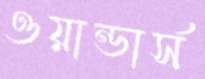
ওয়ান্ডার্স